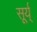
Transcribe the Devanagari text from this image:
सूर्य्